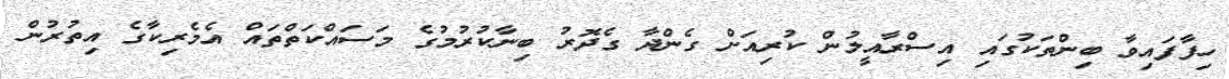
ހިފާފައިވާ ބިންތަކުގައި އިސްރާއީލުން ކުރިއަށް ގެންދާ ގެދޮރު ބިނާކުރުމުގެ މަސައްކަތްތައް އެމެރިކާގެ އިތުރުން